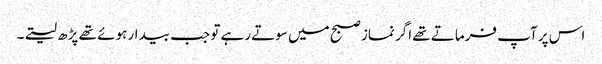
اس پر آپ فرماتے تھے اگر نماز صبح میں سوتے رہے تو جب بیدار ہوئے تھے پڑھ لیتے۔